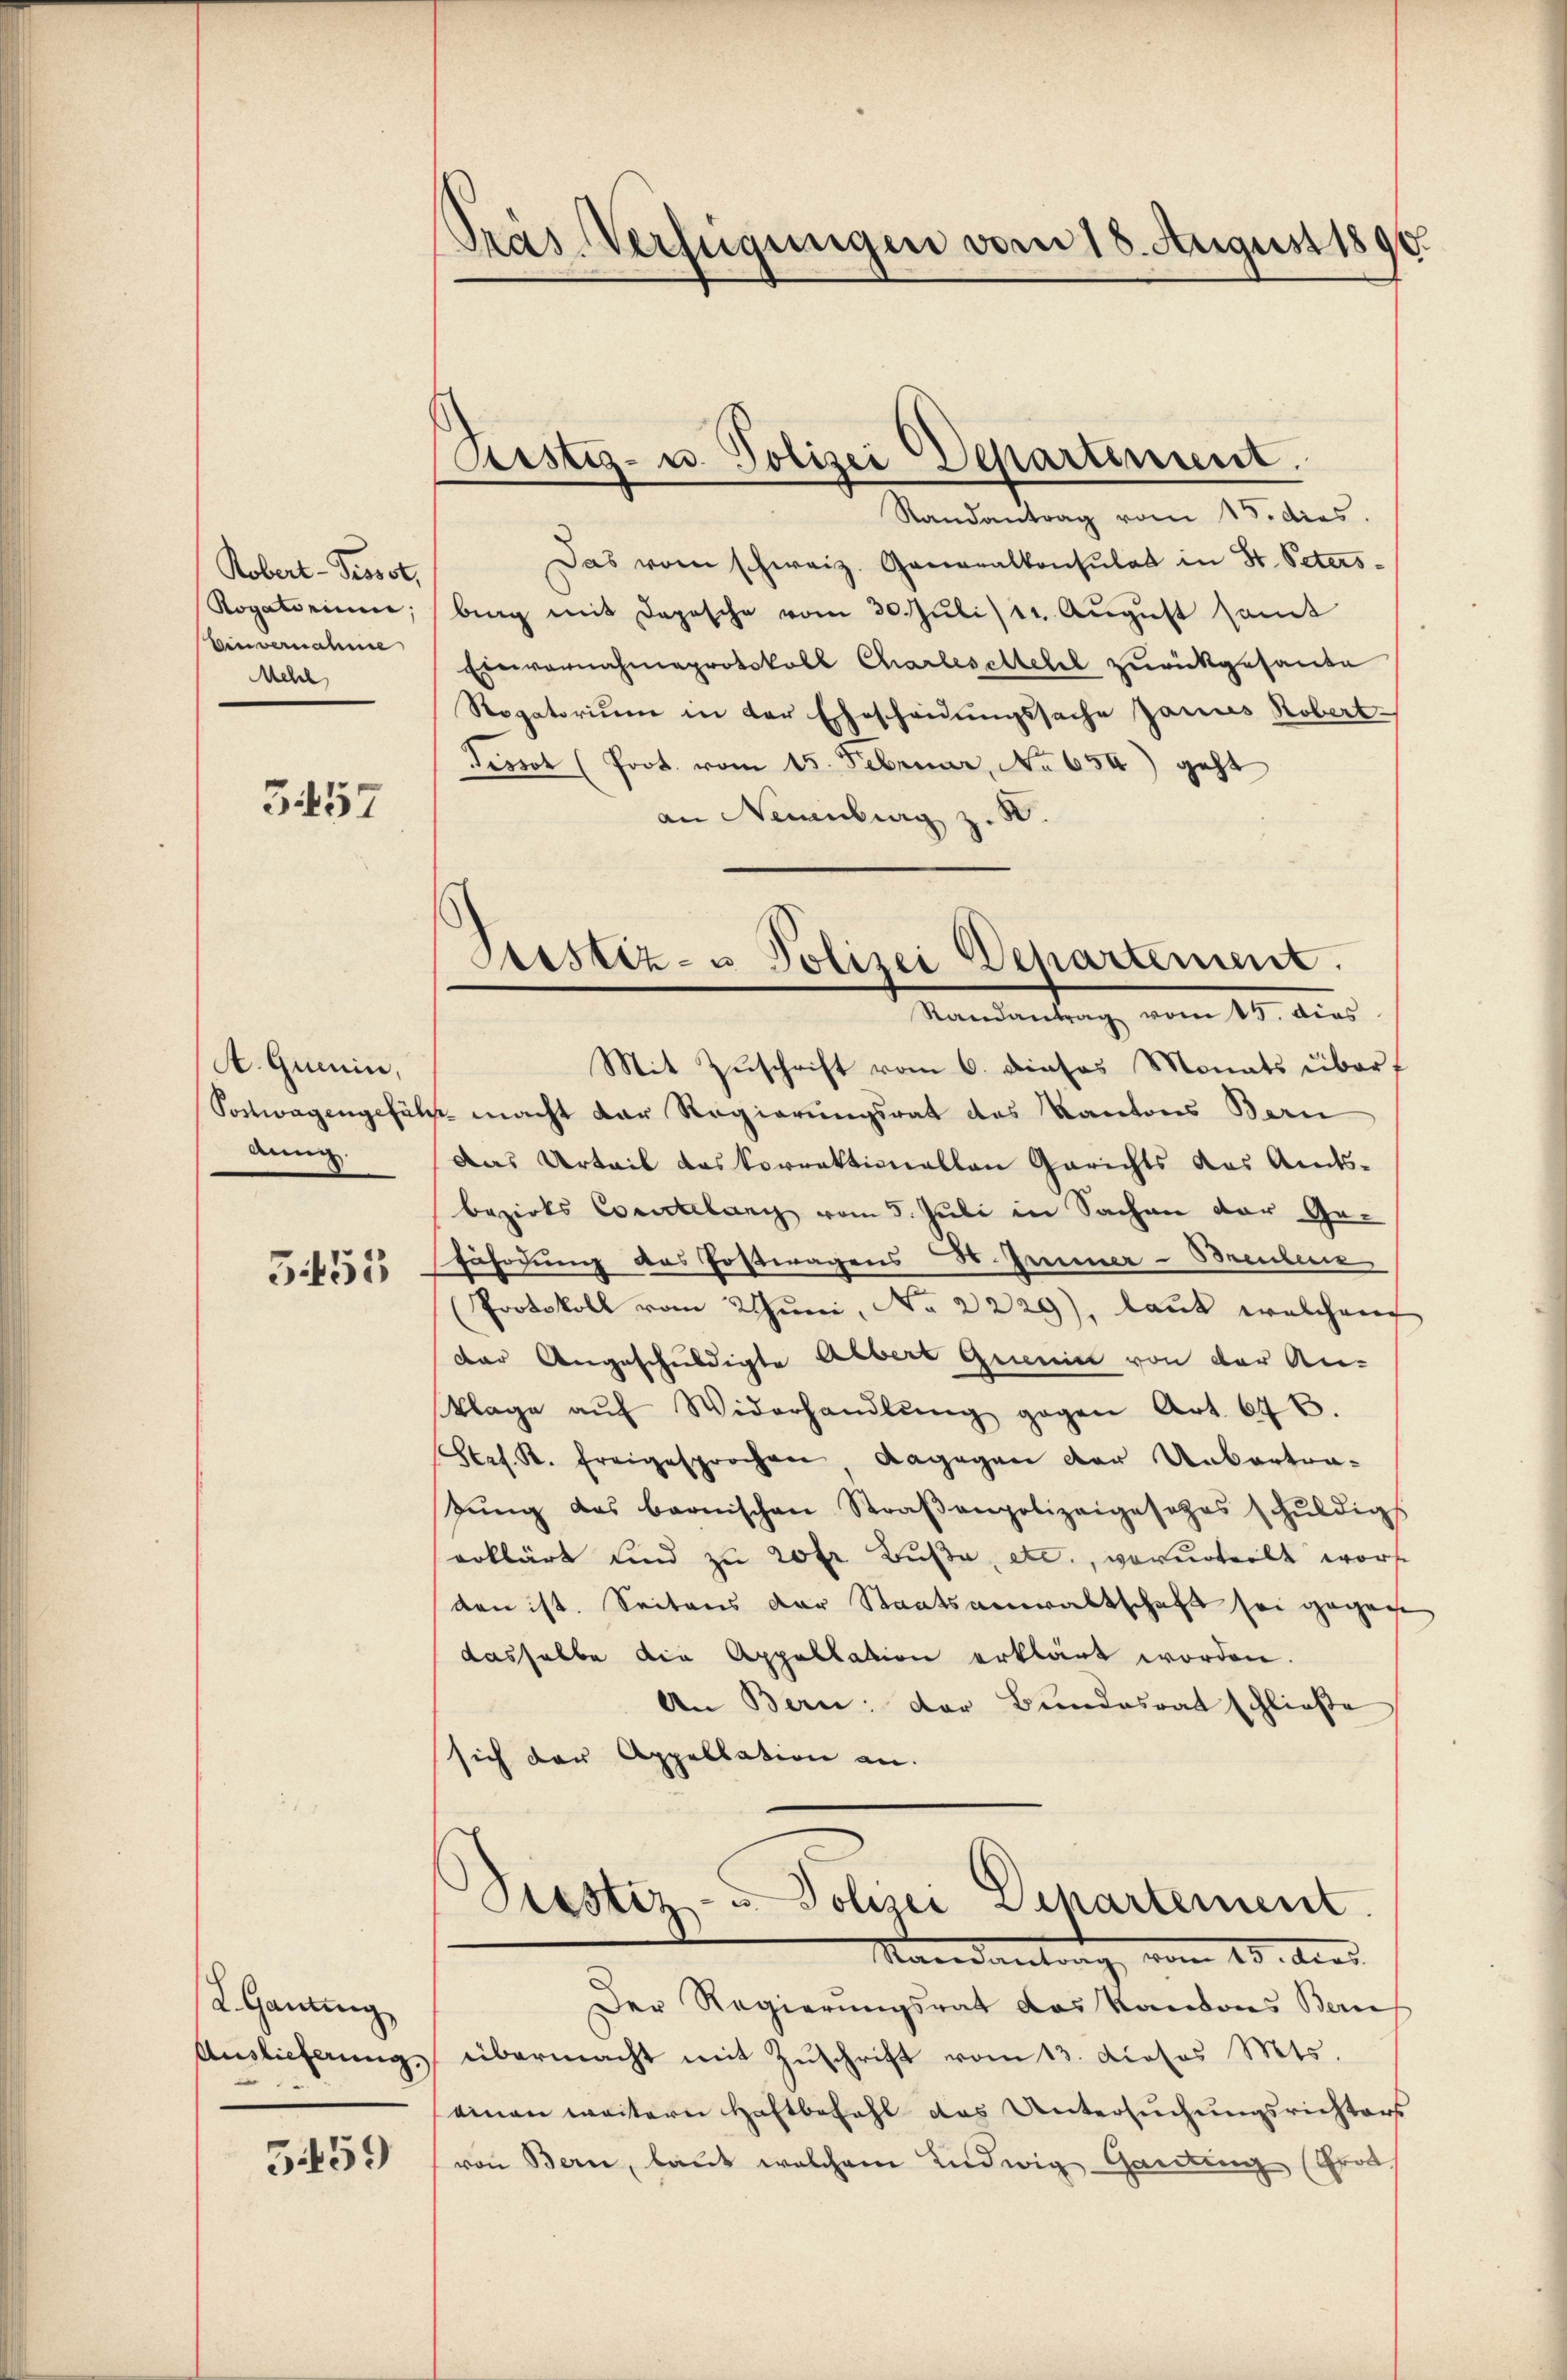
Robert - Prosot,
Rogatorium,
Einvernahme
Mehl

3457

A. Quenin,
Postwagengefäl
dung.

3455

L. Ganting
Auslieferung

5459

Gras Verfügungen vom 18. August 1890.

Ästiz- u. Polizei Departement.

Randantrag vom 15. dies
Das vom schweiz. Generalkonsulat in St. Peters-
brag mit Depesche vom 30. Jŭli 12. Aŭgŭst samt
Einvernahmeprotokoll Charleselletel zurückgesante
Rogatorium in der Ehescheidungssache Janus Robert
Tissot (Prot. vom 15. Februar, No 654) geht
an Neuenburg z. B.
Mit Zuschrift vom 6. dieses Monats überf
s. macht der Regierungsrat des Kantons Bern
Das Urteil das korrektionallen Gerichts das Amts-
bezirks Courtelang vom 5. Juli in Sachen der Ge-
fährdung des Fostwagens St. Jenner-Breubere
Protokoll vom Juni, No 2229), laut welchem
der Angeschuldigte Albert quenin von der An-
klage aŭf Widerhandlŭng gegen Art. 676.
Sees. K. Freigesprochen dagegen der Uebertra-
gŭng das bernischen Straβenpolizeigesezes schŭldigs
erklärt und zu 20 fr Buße, etc., verurteilt worde
den ist. Seitens der Staatsanwaltschaft sei gegene
dasselbe die Appellation erklärt worden.
An Bern: der Bundesrat schließe
sich der Appellation an.
Piustiz- u Polizei Departement.

Astiz- u Polizei Departement.
Randantrag vom 15. dies

Der Regierungsrat das Kantons Bern,
übermacht mit Zuschrift vom 13. diosos Mts.
einen weitern Haftbefahl das Untersuchungsrichters
von Bern, laut welchem Ludwig Ganting (Prod

Stand 10. dies